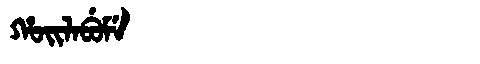
Manchu: ᡥᠣᡳᠯᠠᠪᡠᠮᡝ
Romanization: HOILABUME